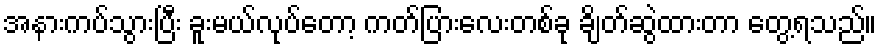
အနားကပ်သွားပြီး ခူးမယ်လုပ်တော့ ကတ်ပြားလေးတစ်ခု ချိတ်ဆွဲထားတာ တွေ့ရသည်။